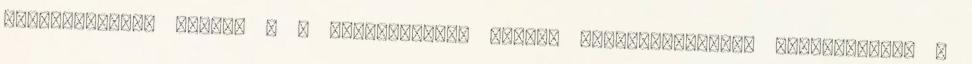
megszüntetése nélkül - a későbbiekben szervi elváltozásokhoz vezethetnek. A